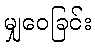
မျှဝေခြင်း